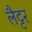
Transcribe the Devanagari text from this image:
लैट्टर